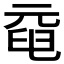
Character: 𠒞